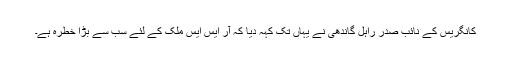
کانگریس کے نائب صدر راہل گاندھی نے یہاں تک کہہ دیا کہ آر ایس ایس ملک کے لئے سب سے بڑا خطرہ ہے۔